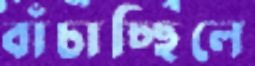
বাঁচাচ্ছিলে